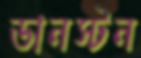
ডানস্টন